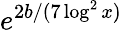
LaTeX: e^{2b/(7\log^{2}x)}